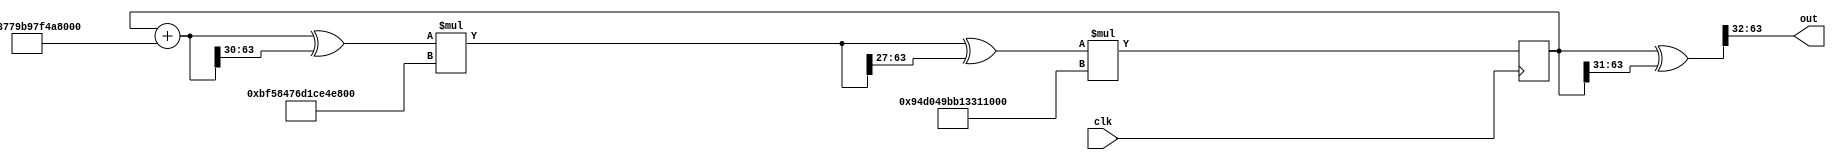
module splitmix(out,clk);
   input clk;
//modified Splitmix64 for 32 bits

   output [31:0] out ;

   wire [63:0]out_64 ;
 
   reg [63:0] 	 z=0 ;

   always@(posedge clk) begin
   
      z= z+ 64'h9e3779b97f4a7c15 ;
      z = (z ^ (z >> 30)) * 64'hbf58476d1ce4e5b9;
	z = (z ^ (z >> 27)) * 64'h94d049bb133111eb;
   end

   assign out_64 = z^(z>>31);
   assign out=out_64[63:32] ;
endmodule // splitmix